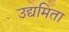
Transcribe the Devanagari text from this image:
उद्यमिता